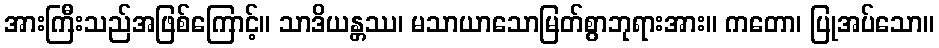
အားကြီးသည်အဖြစ်ကြောင့်။ သာဒိယန္တဿ၊ မသာယာသောမြတ်စွာဘုရားအား။ ကတော၊ ပြုအပ်သော။